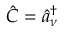
\hat { C } = \hat { a } _ { \nu } ^ { \dagger }